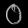
Digit: ၀